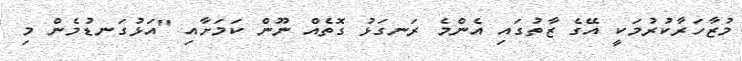
މުޒާހަރާކުރުމަކީ އޭގެ ޒާތުގައި އެންމެ ރަނގަޅު ގޮތެއް ނޫން ކަމަށާއި "އަޅުގަނޑުމެން މި